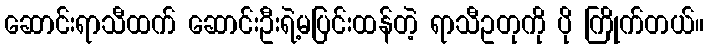
ဆောင်းရာသီထက် ဆောင်းဦးရဲ့မပြင်းထန်တဲ့ ရာသီဥတုကို ပို ကြိုက်တယ်။